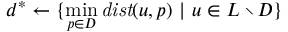
d ^ { * } \gets \{ \operatorname* { m i n } _ { p \in D } { \mathit { d i s t } ( u , p ) } \ | \ u \in L \setminus D \}